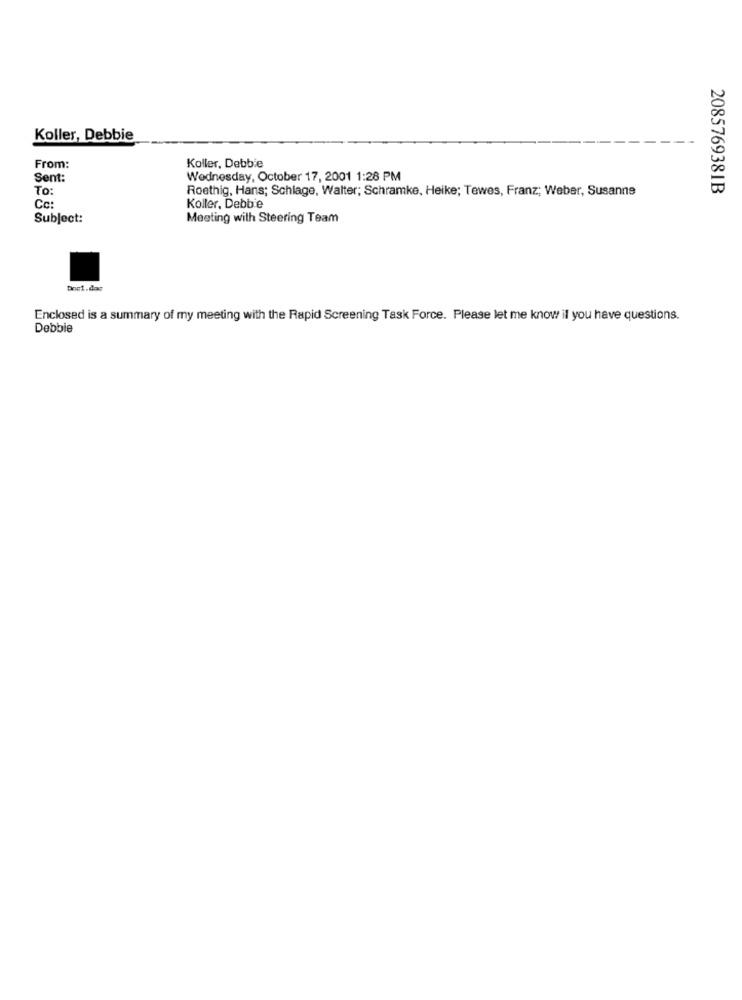
Koller, Debbie
From:
Koller, Debbie
Sent:
Wednesday, October 17, 2001 1:28 PM
To
Roethig, Hans; Schlage, Walter; Schramke, Heike; Tewes, Franz; Weber, Susanne
2085769381B
Cc:
Koller, Debbie
Subject:
Meeting with Steering Team
Doct.das
Enclosed is a summary of my meeting with the Rapid Screening Task Force. Please let me know if you have questions.
Debbie